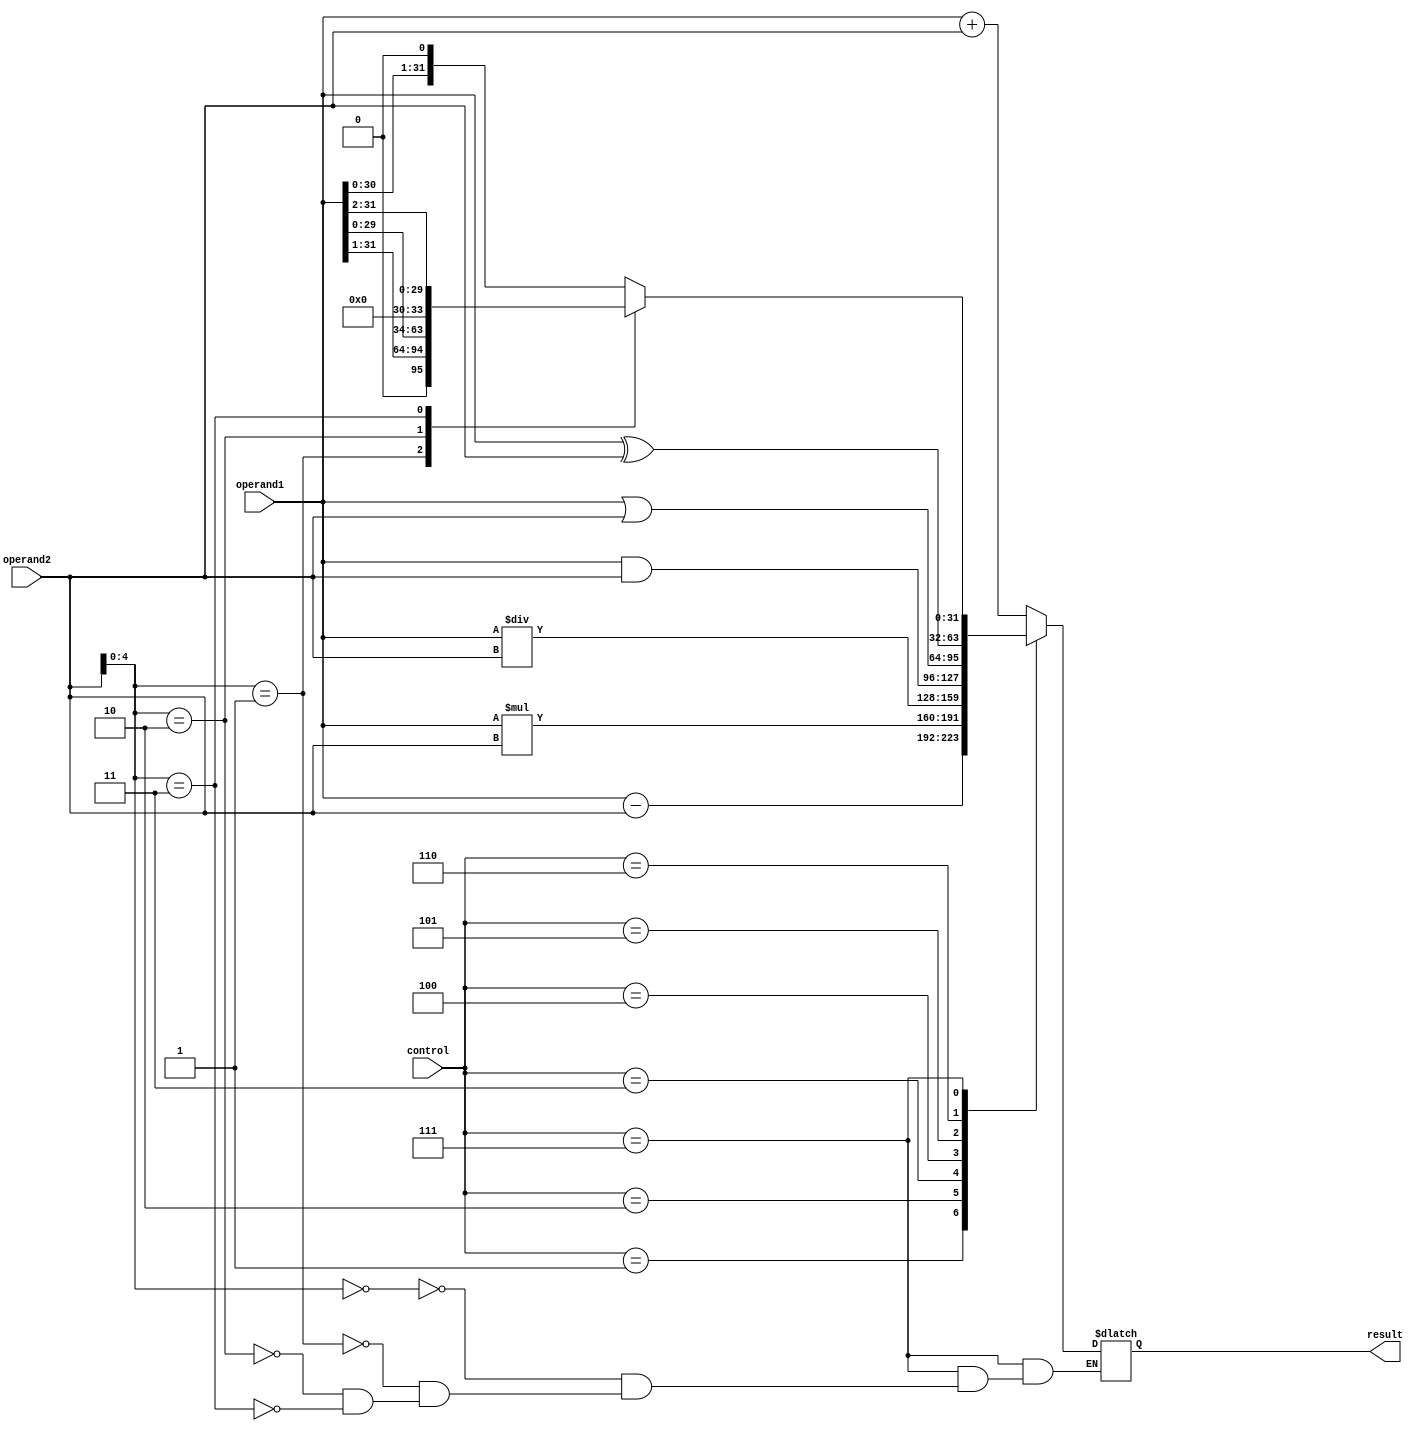
module ALU (
    input [31:0] operand1,
    input [31:0] operand2,
    input [2:0] control,
    output reg [31:0] result
);

always @(*) begin
    case (control)
        3'b000: result = operand1 + operand2; // addition
        3'b001: result = operand1 - operand2; // subtraction
        3'b010: result = operand1 * operand2; // multiplication
        3'b011: result = operand1 / operand2; // division
        3'b100: result = operand1 & operand2; // bitwise AND
        3'b101: result = operand1 | operand2; // bitwise OR
        3'b110: result = operand1 ^ operand2; // bitwise XOR
        3'b111: begin // shift operations
            case(operand2[4:0])
                5'b00000: result = operand1 << 1; // left shift by 1 (multiply by 2)
                5'b00001: result = operand1 >> 1; // right shift by 1 (divide by 2)
                5'b00010: result = operand1 << 2; // left shift by 2 (multiply by 4)
                5'b00011: result = operand1 >> 2; // right shift by 2 (divide by 4)
                // add more shift operations as needed
            endcase
        end
    endcase
end

endmodule